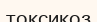
токсикоз